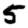
Digit: 5